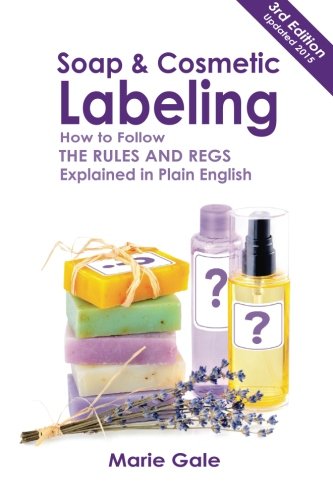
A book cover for Soap and Cosmetic Labeling: How to Follow the Rules and Regs Explained in Plain English; Marie Gale; Crafts, Hobbies & Home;